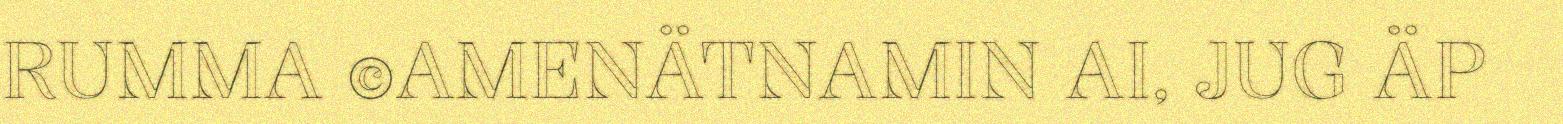
RUMMA ©AMENÄTNAMIN AI, JUG ÄP